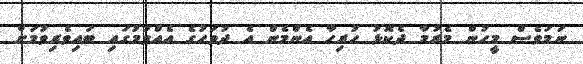
ނަމަވެސް މީހުން މެރުމާ ދެކޮޅު ހުރިހާ އެންމެން އެ ދުވަހުގެ އެއްވުމުގައި ބައިވެރިވުމަށް